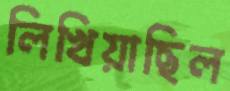
লিখিয়াছিল